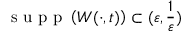
\mathrm { ~ s ~ u ~ p ~ p ~ } \left( W ( \cdot , t ) \right) \subset ( \varepsilon , \frac { 1 } { \varepsilon } )